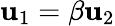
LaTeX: \mathbf{u}_{1}=\beta\mathbf{u}_{2}